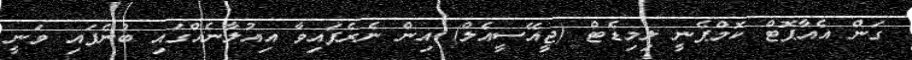
ގަން އެއާޕޮޓް ކޮމްޕެނީ ލިމިޑެޓް (ޖީއޭސީއެލް) އިން ނެރެފައިވާ އިއުލާނެއްގައި ބުނެފައި ވަނީ